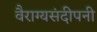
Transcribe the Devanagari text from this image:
वैराग्यसंदीपनी